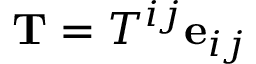
\mathbf { T } = T ^ { i j } \mathbf { e } _ { i j }